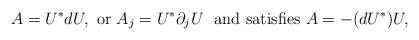
LaTeX: \begin{align*} A = U^* dU,\ {\rm or} \ A_j = U^* \partial_j U \ {\rm \ and \ satisfies} \ A = -(dU^*) U, \end{align*}